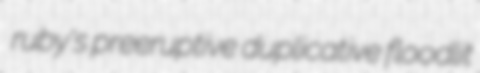
ruby's preeruptive duplicative floodlit